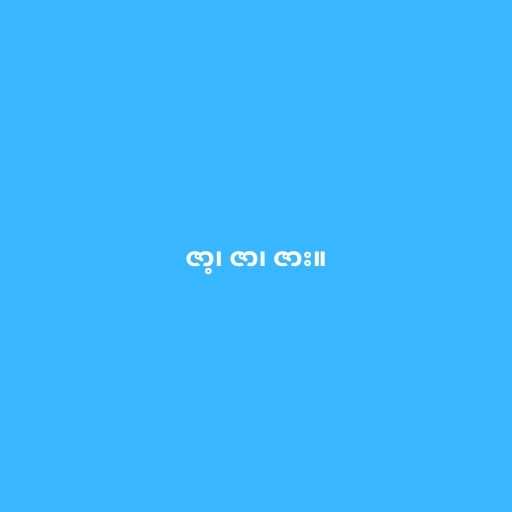
ဇာ့၊ ဇာ၊ ဇား။